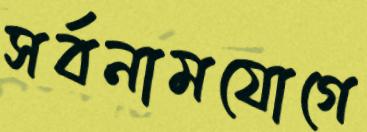
সর্বনামযোগে